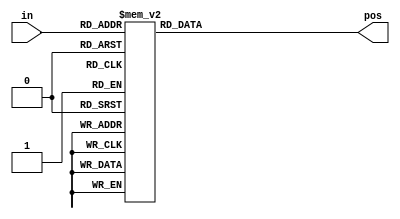
// synthesis verilog_input_version verilog_2001
module top_module (
    input [3:0] in,
    output reg [1:0] pos  );
    
    always @(*) begin
        case(in)
            4'h0 : pos = 2'd0; 
            4'h1 : pos = 2'd0; 
            4'h2 : pos = 2'd1; 
            4'h3 : pos = 2'd0; 
            4'h4 : pos = 2'd2; 
            4'h5 : pos = 2'd0; 
            4'h6 : pos = 2'd1; 
            4'h7 : pos = 2'd0; 
            4'h8 : pos = 2'd3; 
            4'h9 : pos = 2'd0; 
            4'ha : pos = 2'd1; 
            4'hb : pos = 2'd0; 
            4'hc : pos = 2'd2; 
            4'hd : pos = 2'd0; 
            4'he : pos = 2'd1; 
            4'hf : pos = 2'd0; 
        endcase
    end

endmodule